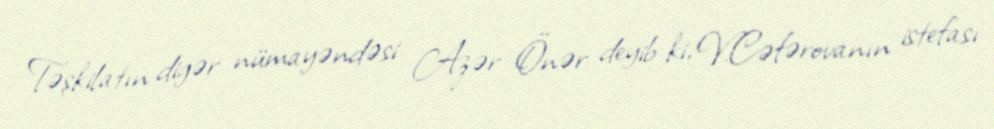
Təşkilatın digər nümayəndəsi Azər Önər deyib ki, V.Cəfərovanın istefası